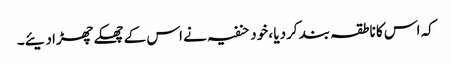
کہ اس کا ناطقہ بند کردیا ، خود حنفیہ نے اس کے چھکے چھڑادیئے۔